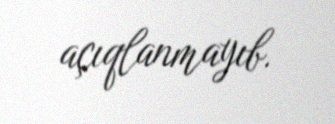
açıqlanmayıb.